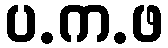
ပ.က.ဖ